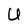
Character: U